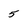
Character: 5